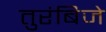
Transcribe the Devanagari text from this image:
तुरंबिजे